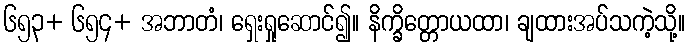
၆၅၃+ ၆၅၄+ အဘာတံ၊ ရှေးရှုဆောင်၍။ နိက္ခိတ္တောယထာ၊ ချထားအပ်သကဲ့သို့။